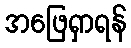
အဖြေရှာရန်